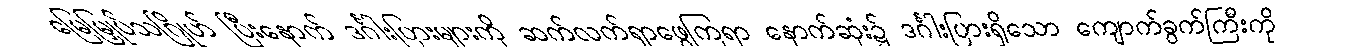
မြေမြှုပ်သဂြိုဟ် ပြီးနောက် ဒင်္ဂါးပြားများကို ဆက်လက်ရှာဖွေကြရာ နောက်ဆုံး၌ ဒင်္ဂါးပြားရှိသော ကျောက်ခွက်ကြီးကို